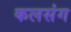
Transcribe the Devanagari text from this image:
कलसंग